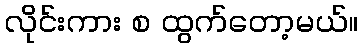
လိုင်းကား စ ထွက်တော့မယ်။